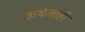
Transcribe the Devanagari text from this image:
कथेलाही